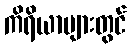
ကိရိယာများတွင်